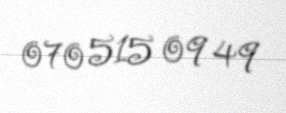
070 515 09 49